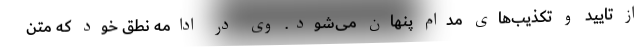
از تایید و تکذیب‌های مدام پنهان می‌شود. وی در ادامه نطق خود که متن